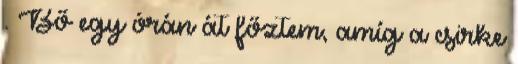
. Bő egy órán át főztem, amíg a csirke